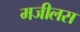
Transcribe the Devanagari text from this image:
मजीलस